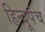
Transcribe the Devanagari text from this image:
हिन्दूपंच